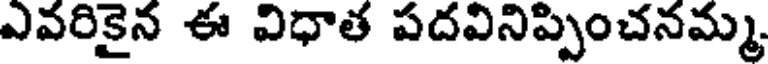
ఎవరికైన ఈ విధాత పదవినిప్పించనమ్మ